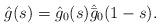
LaTeX: \begin{align*}\hat{g}(s) = \hat{g}_0(s)\hat{\bar{g}}_0(1-s).\end{align*}